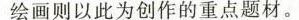
绘画则以此为创作的重点题材。